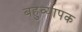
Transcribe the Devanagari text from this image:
बहुव्यापक